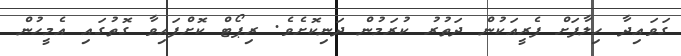
ގަވައިދާ ހިލާފަށް ފެރީއަކުން ދަތުރު ކުރަމުން ދަނިކޮށެވެ. ރިޕޯޓް ކޮށްފައިވާ ގޮތުގައި އެމީހުން